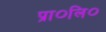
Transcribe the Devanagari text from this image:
प्रा०लि०